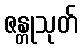
ဇန္တုသုတ်